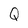
Character: Q